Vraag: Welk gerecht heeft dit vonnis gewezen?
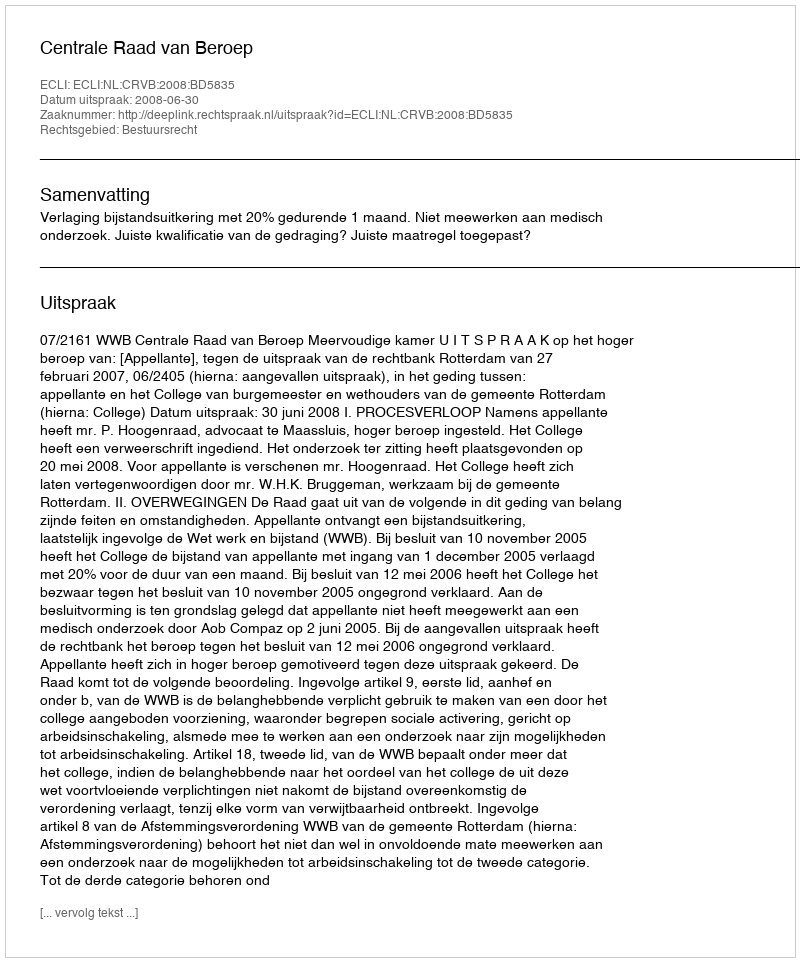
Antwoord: Centrale Raad van Beroep